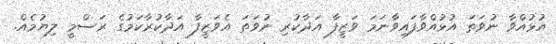
އުޅުއްވާ ނުވަތަ އުޅުއްވާފައިވާނަމަ ވަޒީފާ އަދާކުރި ނުވަތަ އެވަޒީފާ އަދާކުރާކަމުގެ ރަސްމީ ލިޔުމެއް.